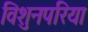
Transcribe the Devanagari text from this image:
विशुनपरिया